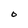
Character: O